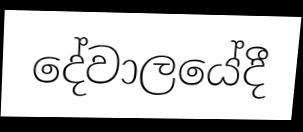
දේවාලයේදී